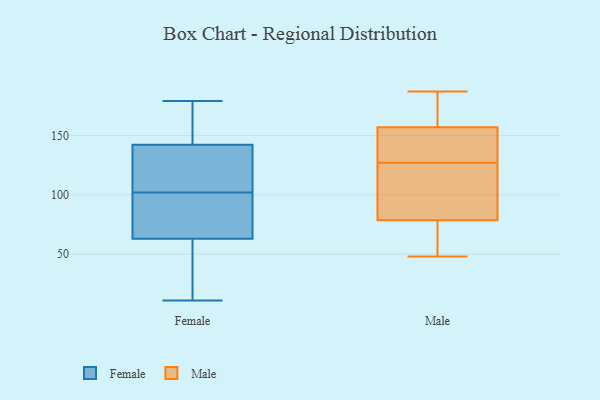
{"axis": {"x": "Conversion Rate (%)", "y": "Value"}, "legend": ["Female", "Male"], "data": [{"x": "", "y": 53, "type": "Female"}, {"x": "", "y": 120, "type": "Female"}, {"x": "", "y": 166, "type": "Female"}, {"x": "", "y": 179, "type": "Female"}, {"x": "", "y": 127, "type": "Female"}, {"x": "", "y": 56, "type": "Female"}, {"x": "", "y": 97, "type": "Female"}, {"x": "", "y": 156, "type": "Female"}, {"x": "", "y": 11, "type": "Female"}, {"x": "", "y": 137, "type": "Female"}, {"x": "", "y": 50, "type": "Female"}, {"x": "", "y": 102, "type": "Female"}, {"x": "", "y": 101, "type": "Female"}, {"x": "", "y": 144, "type": "Female"}, {"x": "", "y": 84, "type": "Female"}, {"x": "", "y": 134, "type": "Male"}, {"x": "", "y": 166, "type": "Male"}, {"x": "", "y": 114, "type": "Male"}, {"x": "", "y": 130, "type": "Male"}, {"x": "", "y": 67, "type": "Male"}, {"x": "", "y": 48, "type": "Male"}, {"x": "", "y": 50, "type": "Male"}, {"x": "", "y": 151, "type": "Male"}, {"x": "", "y": 61, "type": "Male"}, {"x": "", "y": 156, "type": "Male"}, {"x": "", "y": 167, "type": "Male"}, {"x": "", "y": 158, "type": "Male"}, {"x": "", "y": 170, "type": "Male"}, {"x": "", "y": 65, "type": "Male"}, {"x": "", "y": 187, "type": "Male"}, {"x": "", "y": 150, "type": "Male"}, {"x": "", "y": 124, "type": "Male"}, {"x": "", "y": 102, "type": "Male"}, {"x": "", "y": 90, "type": "Male"}, {"x": "", "y": 92, "type": "Male"}]}